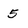
Character: 5